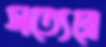
সত্যেরে